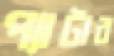
প্যাটার